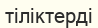
тіліктерді